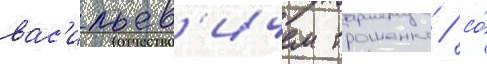
вас'ильев'ичем трошенко / со́